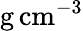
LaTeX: \mathrm{g\, cm}^{-3}